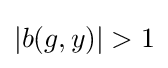
|b(g,y)|>1